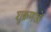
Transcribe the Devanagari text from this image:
शुक्रणओं